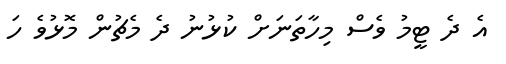
އެ ދެ ޓީމު ވެސް މިހާތަނަށް ކުޅުނު ދެ މެޗުން މޮޅުވެ ހަ